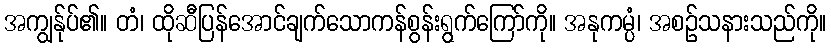
အကျွန်ုပ်၏။ တံ၊ ထိုဆီပြန်အောင်ချက်သောကန်စွန်းရွက်ကြော်ကို။ အနုကမ္ပံ၊ အစဉ်သနားသည်ကို။